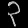
Digit: ၃